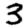
Digit: 3